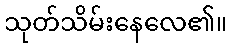
သုတ်သိမ်းနေလေ၏။